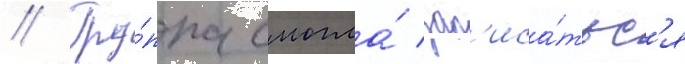
// Гру́ппа смогла́ зап'иса́тьс'я